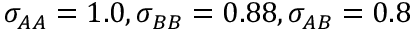
\sigma _ { A A } = 1 . 0 , \sigma _ { B B } = 0 . 8 8 , \sigma _ { A B } = 0 . 8